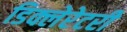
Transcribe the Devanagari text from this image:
डिक्लेरेटरी